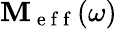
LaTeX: \mathbf{M}_{\mathrm{~e~f~f~}}(\omega)